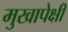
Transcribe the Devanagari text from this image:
मुखापेक्षी